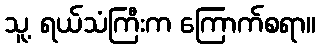
သူ့ ရယ်သံကြီးက ကြောက်စရာ။